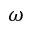
\omega